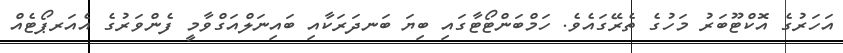
އަހަރުގެ އޮކްޓޫބަރު މަހުގެ ތެރޭގައެވެ. ހަމްބަންޓޯޓާގައި ބިޔަ ބަނދަރަކާއި ބައިނަލްއަގްވާމީ ފެންވަރުގެ އެއަރޕޯޓެއް